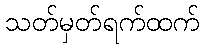
သတ်မှတ်ရက်ထက်